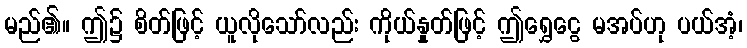
မည်၏။ ဤ၌ စိတ်ဖြင့် ယူလိုသော်လည်း ကိုယ်နှုတ်ဖြင့် ဤရွှေငွေ မအပ်ဟု ပယ်အံ့၊